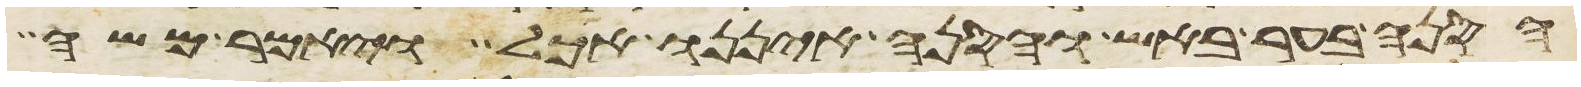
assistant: הסנה בער באש והסנה איננו אכל ויאמר משה